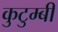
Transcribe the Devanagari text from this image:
कुटुम्बी